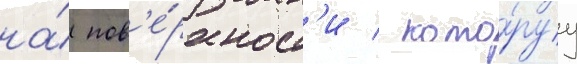
на́ пов'е́рхност'и / кото́руу